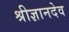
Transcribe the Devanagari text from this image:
श्रीज्ञानदेव